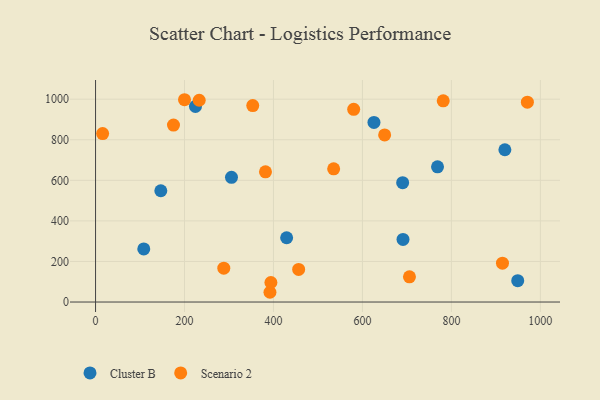
{"axis": {"x": "Experience", "y": "Salary"}, "legend": ["Cluster B", "Scenario 2"], "data": [{"x": "949.1", "y": 105.1, "type": "Cluster B"}, {"x": "305.6", "y": 614.8, "type": "Cluster B"}, {"x": "768.8", "y": 666.3, "type": "Cluster B"}, {"x": "108.4", "y": 262.0, "type": "Cluster B"}, {"x": "691.2", "y": 308.6, "type": "Cluster B"}, {"x": "625.9", "y": 885.5, "type": "Cluster B"}, {"x": "920.2", "y": 750.7, "type": "Cluster B"}, {"x": "224.6", "y": 964.5, "type": "Cluster B"}, {"x": "146.7", "y": 548.7, "type": "Cluster B"}, {"x": "429.6", "y": 317.0, "type": "Cluster B"}, {"x": "690.4", "y": 588.6, "type": "Cluster B"}, {"x": "200.0", "y": 997.3, "type": "Scenario 2"}, {"x": "392.1", "y": 48.1, "type": "Scenario 2"}, {"x": "288.3", "y": 167.1, "type": "Scenario 2"}, {"x": "535.3", "y": 656.7, "type": "Scenario 2"}, {"x": "970.8", "y": 985.4, "type": "Scenario 2"}, {"x": "580.3", "y": 949.8, "type": "Scenario 2"}, {"x": "914.8", "y": 191.4, "type": "Scenario 2"}, {"x": "781.6", "y": 991.7, "type": "Scenario 2"}, {"x": "456.6", "y": 160.7, "type": "Scenario 2"}, {"x": "382.0", "y": 642.0, "type": "Scenario 2"}, {"x": "705.7", "y": 124.2, "type": "Scenario 2"}, {"x": "353.4", "y": 968.6, "type": "Scenario 2"}, {"x": "175.2", "y": 872.2, "type": "Scenario 2"}, {"x": "649.9", "y": 823.6, "type": "Scenario 2"}, {"x": "394.2", "y": 96.3, "type": "Scenario 2"}, {"x": "15.9", "y": 830.6, "type": "Scenario 2"}, {"x": "233.0", "y": 994.7, "type": "Scenario 2"}]}